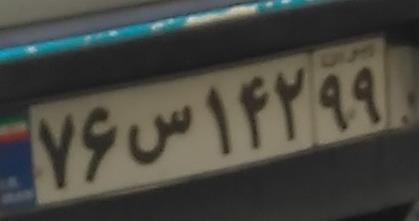
۷۶س۱۴۲۹۹